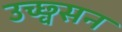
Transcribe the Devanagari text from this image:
उच्छ्वसन